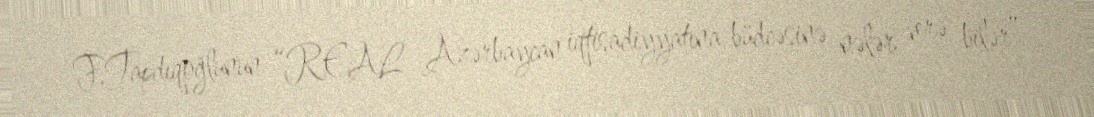
F.Tapdıqoğlunun “REAL Azərbaycan iqtisadiyyatına, büdcəsinə nələr verə bilər”